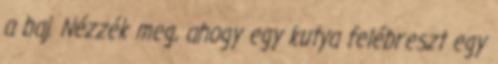
a baj. Nézzék meg, ahogy egy kutya felébreszt egy